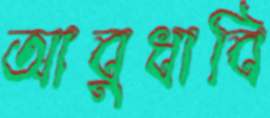
আবুধাবি